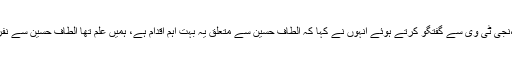
برطانیہ میں پاکستان کے وکیل ٹو بی کیڈمین کا انکشاف،نجی ٹی وی سے گفتگو کرتے ہوئے انہوں نے کہا کہ الطاف حسین سے متعلق یہ بہت اہم اقدام ہے، ہمیں علم تھا الطاف حسین سے نفرت انگیز تقریر معاملے پر میٹروپولیٹن تفتیش کرے گی۔